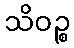
သိဝဉ္စ